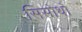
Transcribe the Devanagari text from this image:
सिसोथो